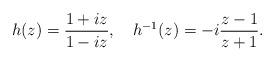
LaTeX: \begin{align*}h(z)=\frac{1+iz}{1-iz}, \quad h^{-1}(z)=-i\frac{z-1}{z+1}. \end{align*}